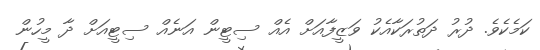
ކަމެކެވެ. ދުރު ދަތުރަކާއެކު ވަޒީފާއަށް އެއް ސިޓީން އަނެއް ސިޓީއަށް ދާ މީހުން